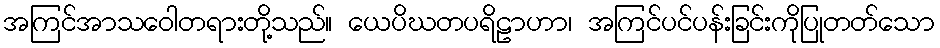
အကြင်အာသဝေါတရားတို့သည်။ ယေပိဃတပရိဠာဟာ၊ အကြင်ပင်ပန်းခြင်းကိုပြုတတ်သော